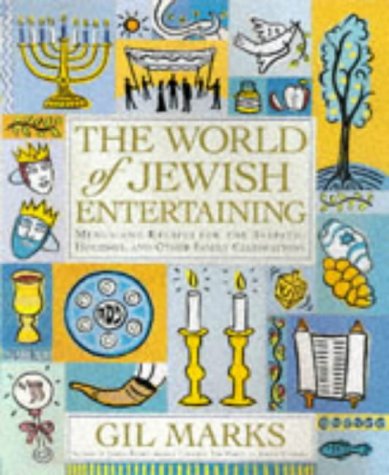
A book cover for The World of Jewish Entertaining: Menus and Recipes for the Sabbath, Holidays, and Other Family Celebrations; Gil Marks; Cookbooks, Food & Wine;